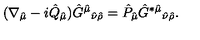
( \nabla _ { \hat { \mu } } - i \hat { Q } _ { \hat { \mu } } ) \hat { G } ^ { \hat { \mu } } { } _ { \hat { \nu } \hat { \rho } } = \hat { P } _ { \hat { \mu } } \hat { G } ^ { * \hat { \mu } } { } _ { \hat { \nu } \hat { \rho } } .